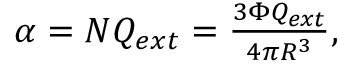
\begin{array} { r } { \alpha = N Q _ { e x t } = \frac { 3 \Phi Q _ { e x t } } { 4 \pi R ^ { 3 } } , } \end{array}